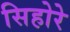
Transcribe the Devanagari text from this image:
सिहोरे